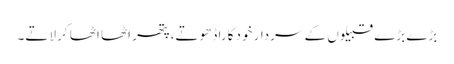
بڑے بڑے قبیلوں کے سردار خود گارا ڈھوتے،پتھر اٹھا اٹھا کر لاتے۔